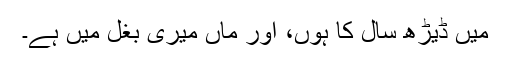
میں ڈیڑھ سال کا ہوں، اور ماں میری بغل میں ہے۔